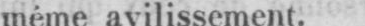
même avilissement.